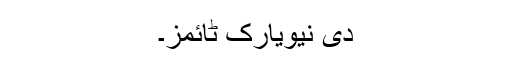
دی نیویارک ٹائمز۔